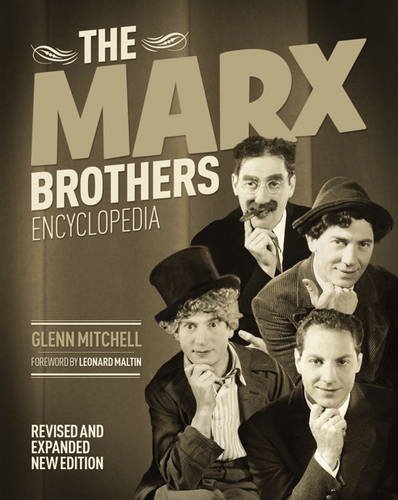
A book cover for The Marx Brothers Encyclopedia; Glen Mitchell; Humor & Entertainment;